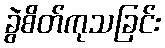
ခွဲစိတ်ကုသခြင်း